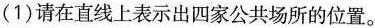
(1)请在直线上表示出四家公共场所的位置。